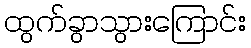
ထွက်ခွာသွားကြောင်း